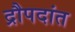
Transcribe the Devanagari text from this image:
द्रौपदांत